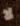
لا